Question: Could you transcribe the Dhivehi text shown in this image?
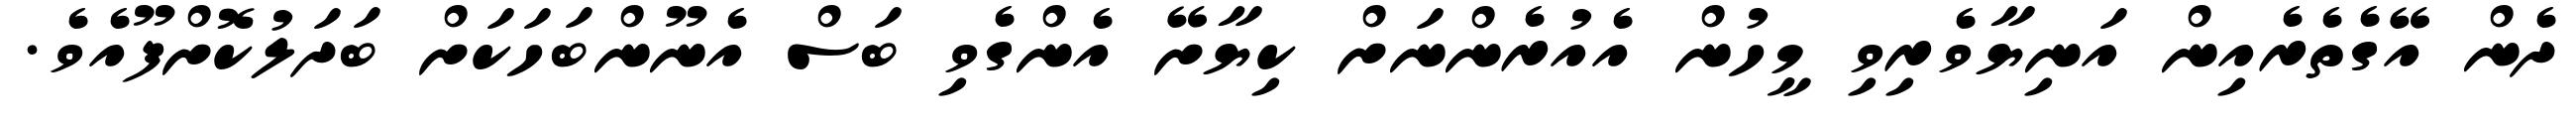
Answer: ދެން އޭގެތެރެއިން އަނިޔާވެރިވި މީހުން އެއުރެންނަށް ކިޔާށޭ އެންގެވި ބަސް އެނޫންބަހަކަށް ބަދަލުކޮށްފޫއެވެ.